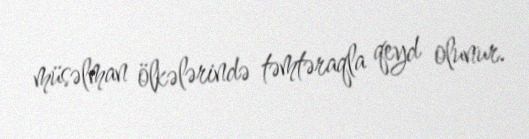
müsəlman ölkələrində təmtəraqla qeyd olunur.